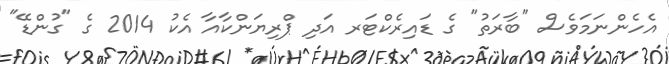
އެހެންނަމަވެސް "ބާރަތު" ގެ ޑައިރެކްޓަރ އަދި ޕްރިޔަންކާއާ އެކު 2014 ގެ "ގުންޑޭ"